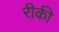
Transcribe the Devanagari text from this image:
रीकी